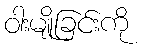
ဝါးမျိုခြင်းကို